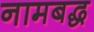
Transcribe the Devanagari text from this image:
नामबद्ध